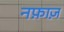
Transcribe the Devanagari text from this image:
नफ़ाज़